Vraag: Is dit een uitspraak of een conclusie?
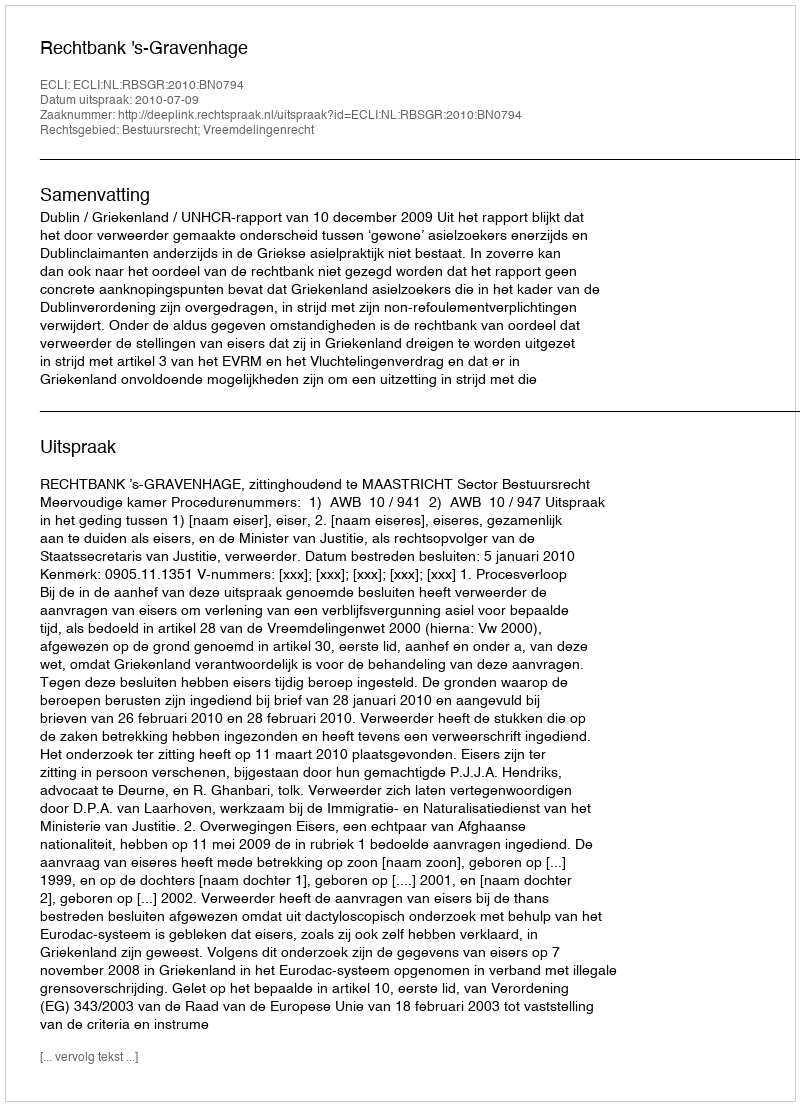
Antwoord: Uitspraak